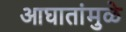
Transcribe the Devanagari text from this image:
आघातांमुळे